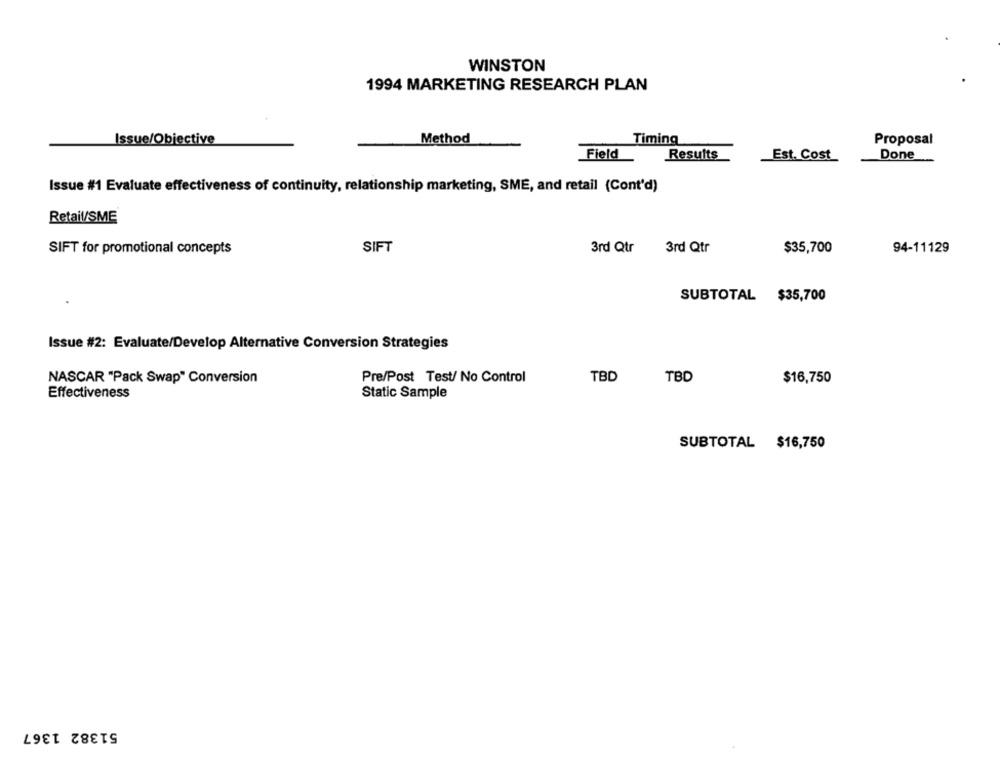
WINSTON
1994 MARKETING RESEARCH PLAN
Issue/Objective
Method
Timing
Proposal
Field
Results
Est. Cost
Done
Issue #1 Evaluate effectiveness of continuity, relationship marketing, SME, and retail (Cont'd)
Retail/SME
SIFT for promotional concepts
SIFT
3rd Qtr
3rd Qtr
$35,700
94-11129
SUBTOTAL $35,700
Issue #2: Evaluate/Develop Alternative Conversion Strategies
NASCAR "Pack Swap" Conversion
Pre/Post Test/ No Control
TBD
TBD
$16,750
Effectiveness
Static Sample
SUBTOTAL $16,750
51382 1367